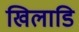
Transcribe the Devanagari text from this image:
खिलाडि